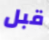
قبل